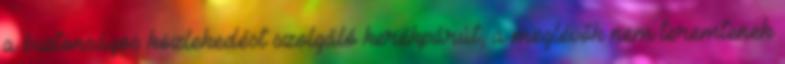
a biztonságos közlekedést szolgáló kerékpárút, a meglévők nem teremtenek